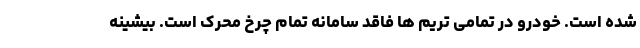
شده است. خودرو در تمامی تریم ها فاقد سامانه تمام چرخ محرک است. بیشینه